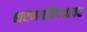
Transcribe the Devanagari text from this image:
शरणगतिपत्रावर